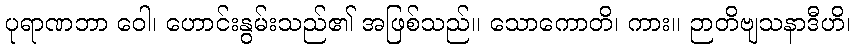
ပုရာဏဘာ ဝေါ၊ ဟောင်းနွမ်းသည်၏ အဖြစ်သည်။ သောကောတိ၊ ကား။ ဉာတိဗျသနာဒီဟိ၊